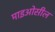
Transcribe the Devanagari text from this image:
माइओसील